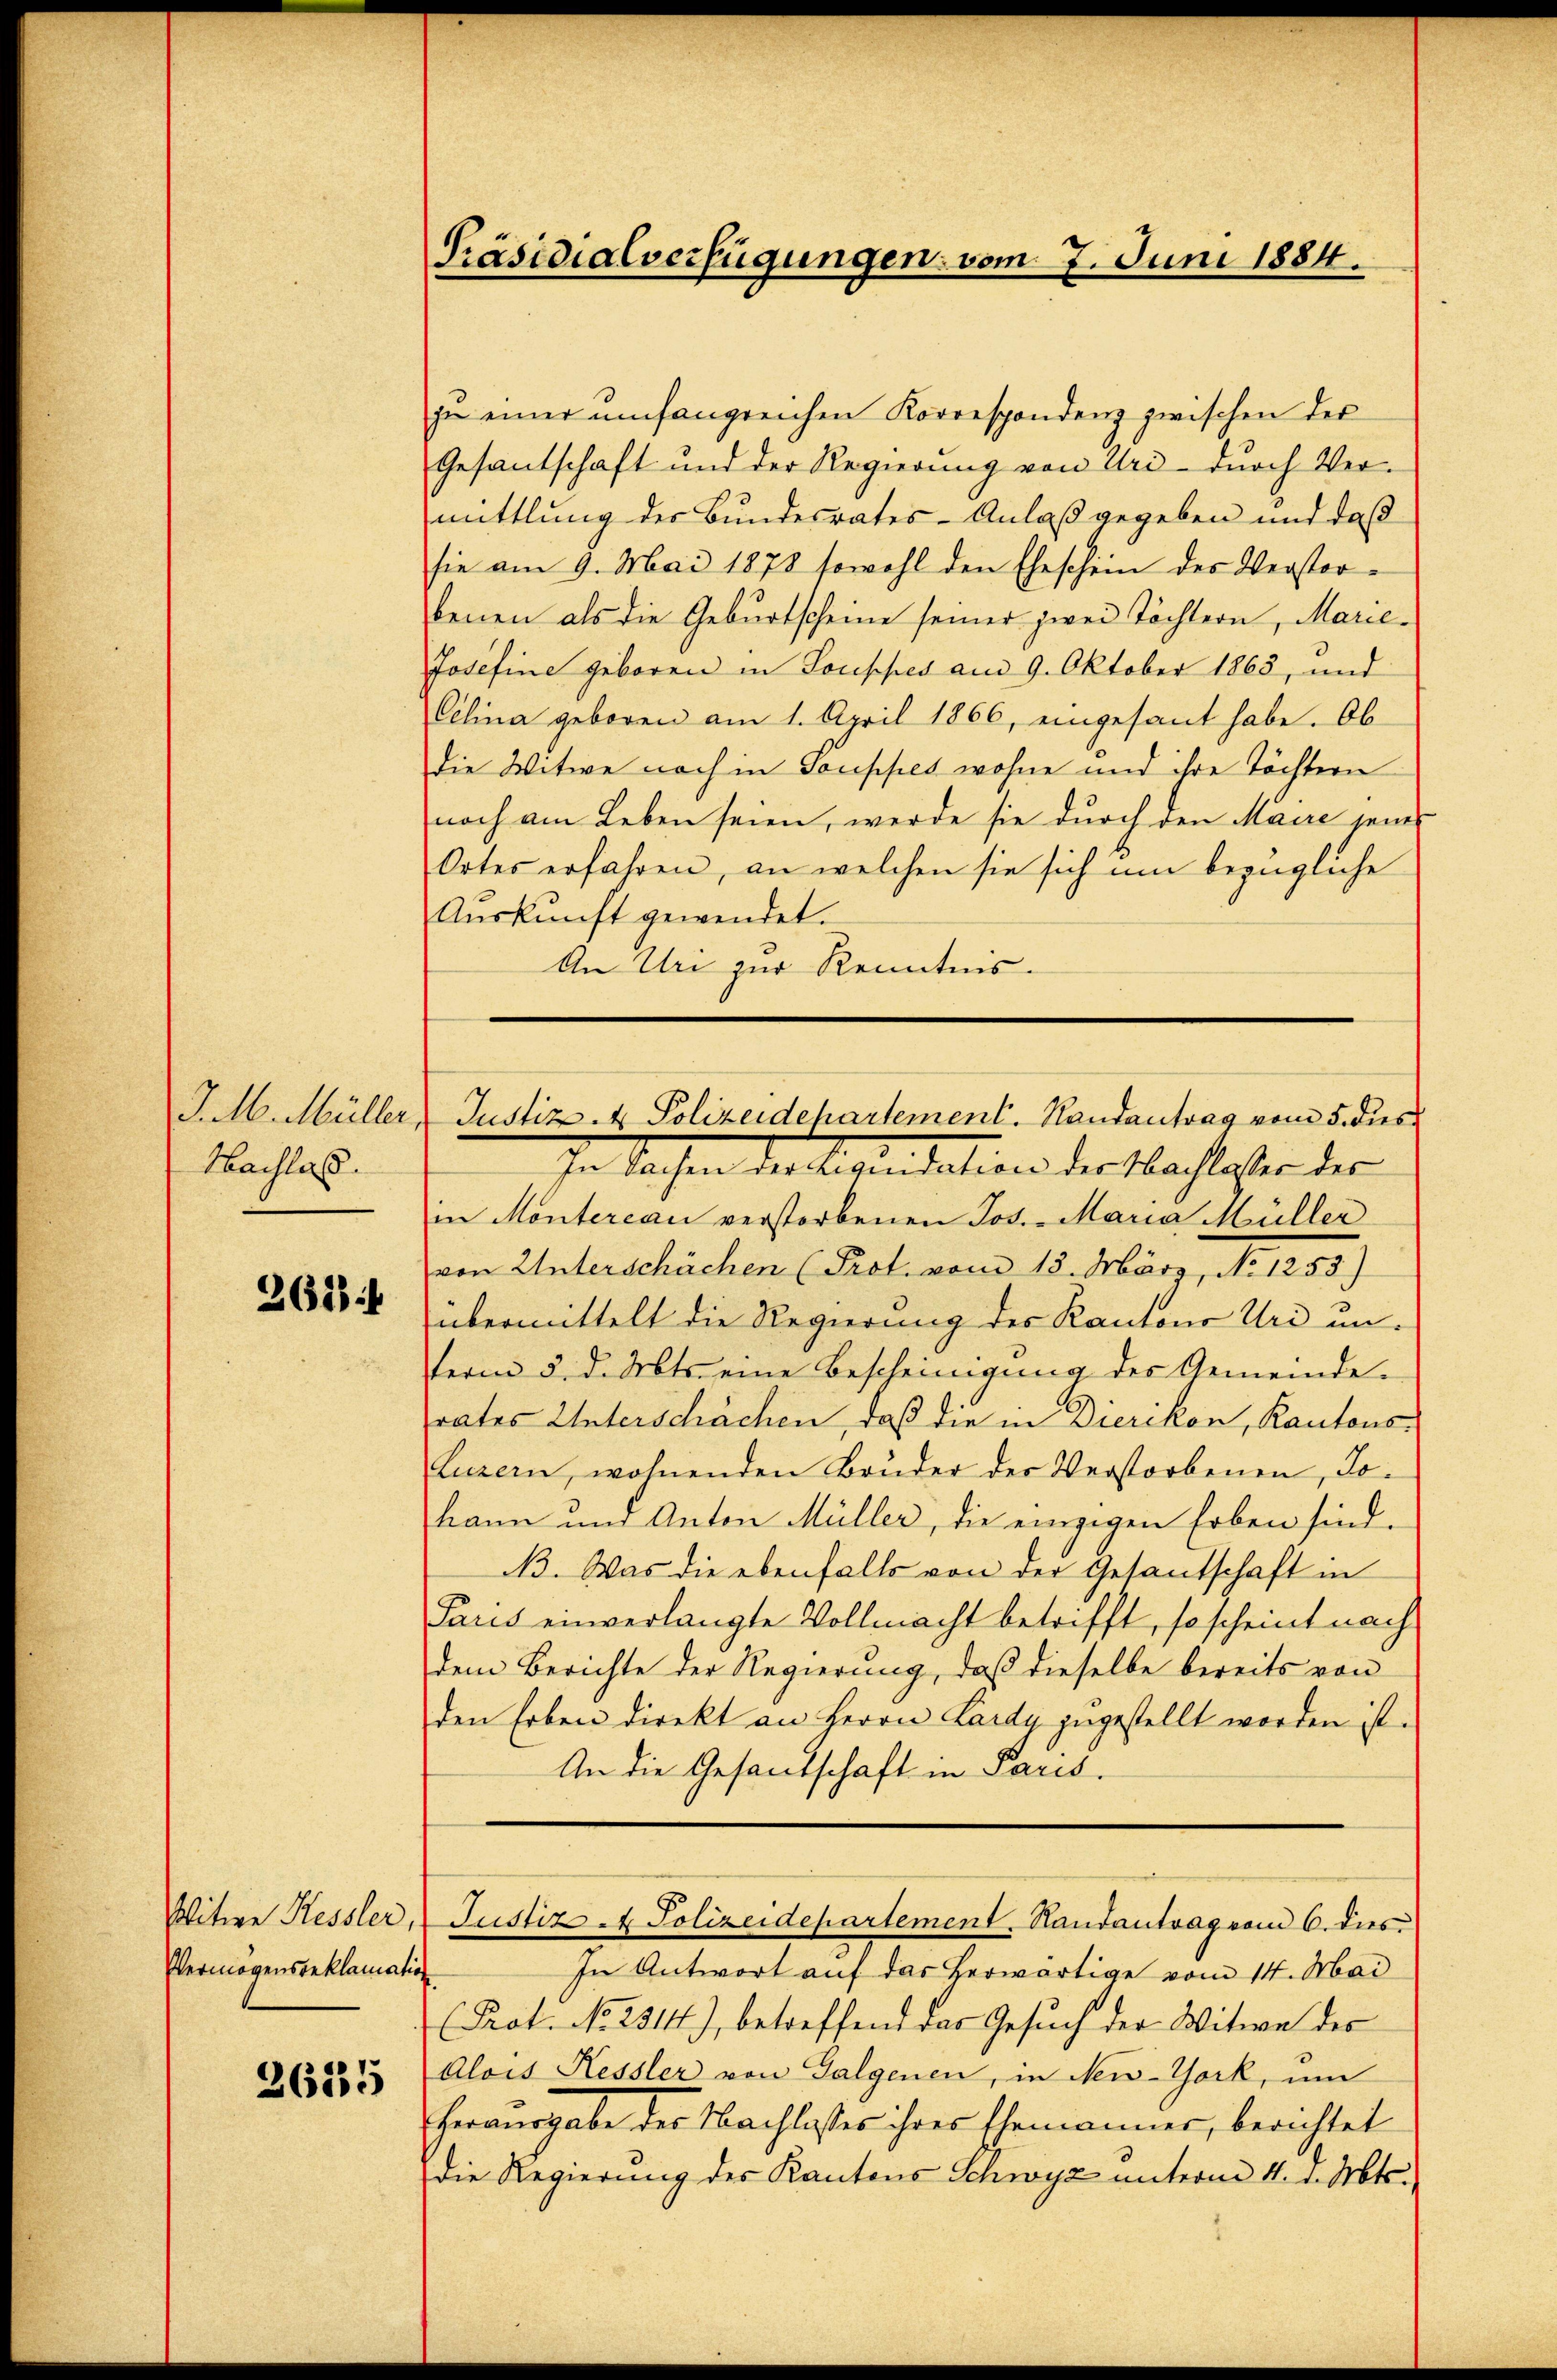
J. M. Müller,
Hachlas.

2624

Witwe Kessler,
Vermögensbeklamation

26135

Präsidialverfügungen vom 7. Juni 1884.

in einer umfangreichen Korrespondenz zwischen der
Gesantschaft und der Regierung von Uri durch Vermittlung des Bundesrates - Anlaß gegeben und daß
sie am 9. Mai 1878 sowohl den Eheschein des Verstorbenen als die Geburtscheine seiner zwei Töchtern, Marie¬
Josefine geboren in Souppes am 9. Oktober 1863, und
Celina geboren am 1. April 1866, eingesant habe. Ob
die Witwe noch in Souppes wohne und ihre Töchtern
noch am Leben seien, werde sie durch den Maire jenes
Ortes erfahren, an welchen sie sich um bezügliche
Aŭskŭnft gewendet.
An Uri zur Kenntnis.
In Sachen der Spandations der Nachlaser der
in Montereau verstorbenen Jos. - Maria Müller
von Unterschächen (Prot. vom 13. März, No 1253)
übermittelt die Regierung des Kantons Uri unterm 5. d. Mts. eine Bescheinigung des Gemeinde-
rates Unterschächen, daß die in Dierikon, Kantons¬
Luzern, wohnenden Bruder der Verstorbenen, Jokann und Anton Müller, die einzigen Erben sind.
3. Was die ebenfalls von der Gesantschaft in
Paris einverlangte Vollmacht betrifft, so scheint nach
dem Berichte der Regierung, daß dieselbe bereits von
den Erben direkt an Herrn Lardy zugestellt worden ist.
An die Gesandschaft in Paris.
Justiz - Polizeidepartement. Randantrag vom 6. dies
In Antwort auf das herwärtige vom 14. Mai
Prot. No 2314), betreffend das Gesuch der Witwe des
Alois Kessler von Galgenen, in New-York, um
Herausgabe der Nachlasses ihrer Ehemänner, berichtet
die Regierung des Kantons Schwyz unterm 4. d. Mts.

Justiz & Polizeidepartement. Randantrag vom 5. dies